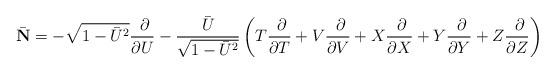
LaTeX: \begin{align*}\bar {\bf N}=-\sqrt{1-\bar U^2}\frac{~\partial }{\partial U}-\frac{\bar U}{\sqrt{1-\bar U^2}}\left( T\frac{~\partial }{\partial T}+V\frac{~\partial }{\partial V}+X\frac{~\partial }{\partial X}+Y\frac{~\partial }{\partial Y}+Z\frac{~\partial }{\partial Z}\right)\end{align*}